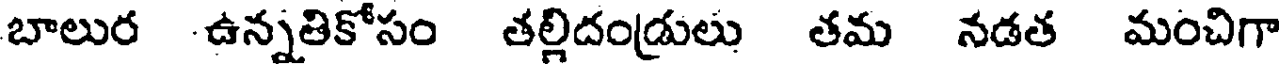
బాలుర -ఉన్నతికోసం తల్లిదండ్రులు తమ నడత మంచిగా